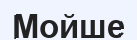
Мойше